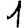
Digit: 1